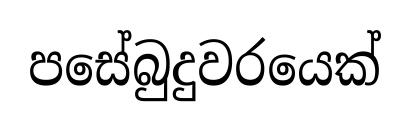
පසේබුදුවරයෙක්